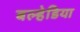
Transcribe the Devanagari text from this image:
बल्हेडिया